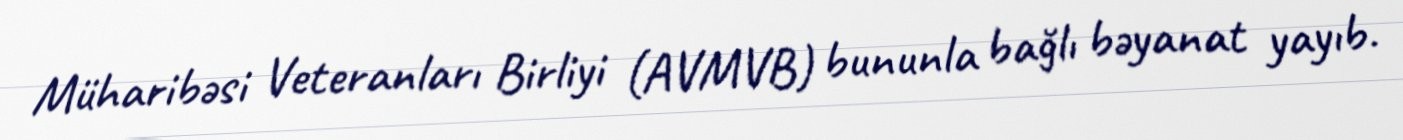
Müharibəsi Veteranları Birliyi (AVMVB) bununla bağlı bəyanat yayıb.